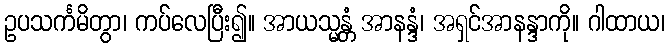
ဥပသင်္ကမိတွာ၊ ကပ်လေပြီး၍။ အာယသ္မန္တံ အာနန္ဒံ၊ အရှင်အာနန္ဒာကို။ ဂါထာယ၊